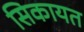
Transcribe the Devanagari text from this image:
सिकायत